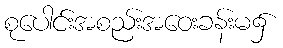
စုပေါင်းအစည်းအဝေးခန်းမ၌